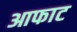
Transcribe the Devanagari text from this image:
आफाट